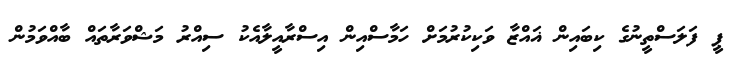
ޕީ ފަލަސްތީނުގެ ކިބައިން ޣައްޒާ ވަކިކުރުމަށް ހަމާސްއިން އިސްރާއީލާއެކު ސިއްރު މަޝްވަރާތައް ބާއްވަމުން